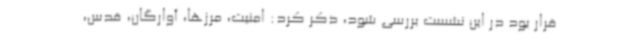
قرار بود در این نشست بررسی شود، ذکر کرد: امنیت، مرزها، آوارگان، قدس،